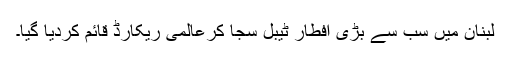
لبنان میں سب سے بڑی افطار ٹیبل سجا کرعالمی ریکارڈ قائم کردیا گیا۔